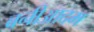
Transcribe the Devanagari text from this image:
बनीआदम